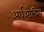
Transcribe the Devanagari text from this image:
अर्थऔचित्य